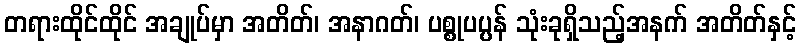
တရားထိုင်ထိုင် အချုပ်မှာ အတိတ်၊ အနာဂတ်၊ ပစ္စုပပ္ပန် သုံးခုရှိသည့်အနက် အတိတ်နှင့်